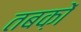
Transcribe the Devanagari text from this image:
तबक़ों